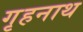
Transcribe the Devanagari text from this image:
गृहनाथ